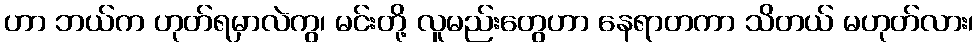
ဟာ ဘယ်က ဟုတ်ရမှာလဲကွ၊ မင်းတို့ လူမည်းတွေဟာ နေရာတကာ သိတယ် မဟုတ်လား၊